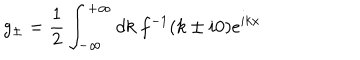
LaTeX: g _ { \pm } = \frac { 1 } { 2 } \int _ { - \infty } ^ { + \infty } d k ~ f ^ { - 1 } ( k \pm i 0 ) e ^ { i k x }